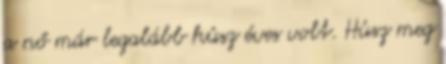
a nő már legalább húsz éves volt. Húsz meg